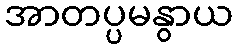
အာတပ္ပမနွာယ